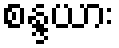
စန္ဒယား